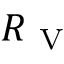
R _ { \mathrm { ~ V ~ } }